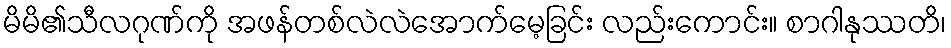
မိမိ၏သီလဂုဏ်ကို အဖန်တစ်လဲလဲအောက်မေ့ခြင်း လည်းကောင်း။ စာဂါနုဿတိ၊